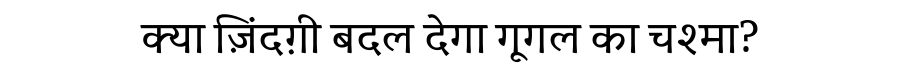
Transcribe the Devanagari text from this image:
क्या ज़िंदग़ी बदल देगा गूगल का चश्मा?